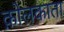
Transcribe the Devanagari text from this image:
क़ोलकाता